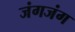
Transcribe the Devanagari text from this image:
जंगजंग